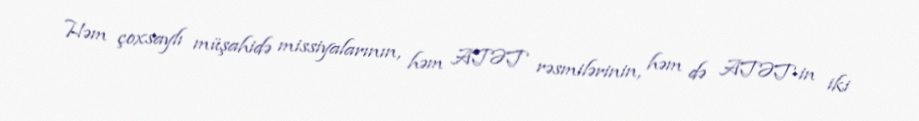
Həm çoxsaylı müşahidə missiyalarının, həm ATƏT rəsmilərinin, həm də ATƏT-in iki